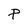
Character: P